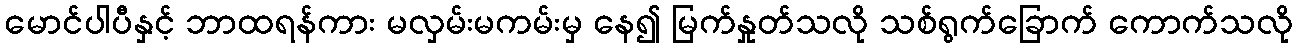
မောင်ပါပီနှင့် ဘာထရန်ကား မလှမ်းမကမ်းမှ နေ၍ မြက်နှုတ်သလို သစ်ရွက်ခြောက် ကောက်သလို